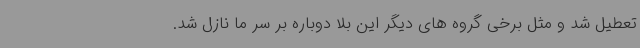
تعطیل شد و مثل برخی گروه های دیگر این بلا دوباره بر سر ما نازل شد.